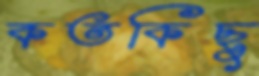
কতকিছু